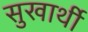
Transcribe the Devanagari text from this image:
सुखार्थी